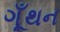
ગૂઁથન